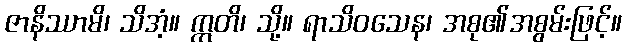
ဇာနိဿာမိ၊ သိအံ့။ ဣတိ၊ သို့။ ရာသိဝသေန၊ အစု၏အစွမ်းဖြင့်။